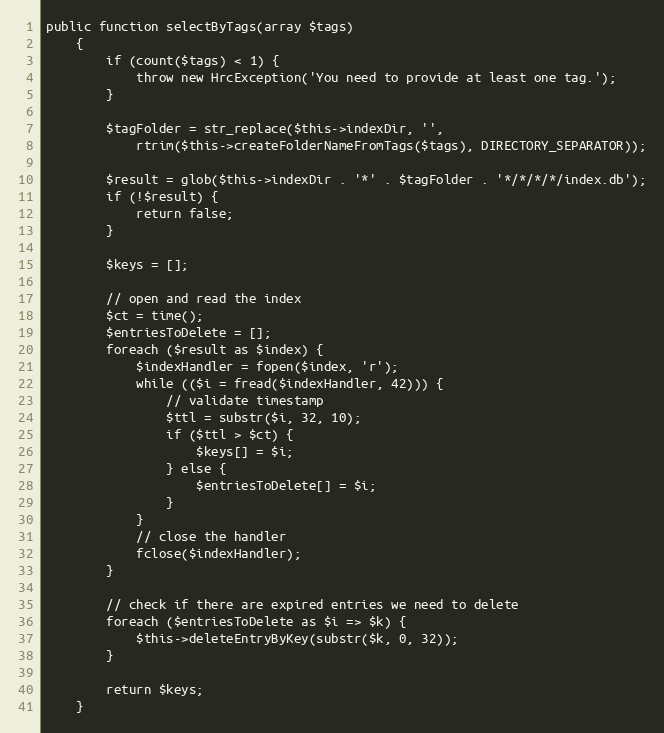
Language: PHP
public function selectByTags(array $tags)
    {
        if (count($tags) < 1) {
            throw new HrcException('You need to provide at least one tag.');
        }

        $tagFolder = str_replace($this->indexDir, '',
            rtrim($this->createFolderNameFromTags($tags), DIRECTORY_SEPARATOR));

        $result = glob($this->indexDir . '*' . $tagFolder . '*/*/*/*/index.db');
        if (!$result) {
            return false;
        }

        $keys = [];

        // open and read the index
        $ct = time();
        $entriesToDelete = [];
        foreach ($result as $index) {
            $indexHandler = fopen($index, 'r');
            while (($i = fread($indexHandler, 42))) {
                // validate timestamp
                $ttl = substr($i, 32, 10);
                if ($ttl > $ct) {
                    $keys[] = $i;
                } else {
                    $entriesToDelete[] = $i;
                }
            }
            // close the handler
            fclose($indexHandler);
        }

        // check if there are expired entries we need to delete
        foreach ($entriesToDelete as $i => $k) {
            $this->deleteEntryByKey(substr($k, 0, 32));
        }

        return $keys;
    }